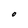
Character: O